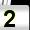
Digit: 2